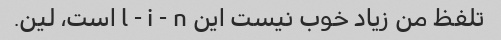
تلفظ من زیاد خوب نیست این l - i - n است، لین.